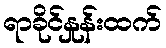
ရာခိုင်နှုန်းထက်